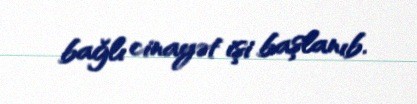
bağlı cinayət işi başlanıb.